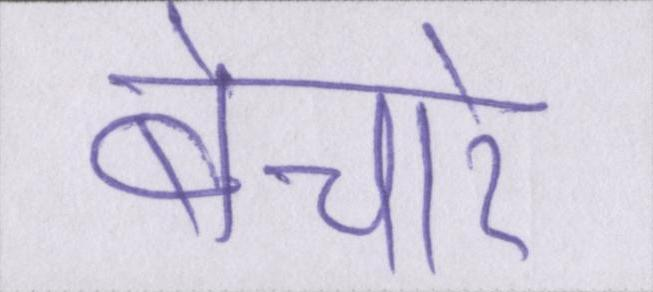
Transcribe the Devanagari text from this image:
बेचारे